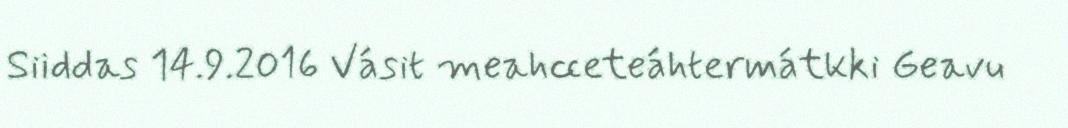
Siiddas 14.9.2016 Vásit meahcceteáhtermátkki Geavu